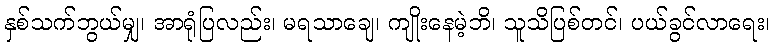
နှစ်သက်ဘွယ်မျှ၊ အာရုံပြလည်း၊ မရသာချေ၊ ကျိုးနေမဲ့ဘိ၊ သူသိပြစ်တင်၊ ပယ်ခွင်လာရေး၊